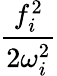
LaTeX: \frac{f_{i}^{2}}{2\omega_{i}^{2}}